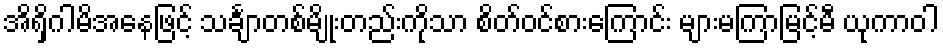
အိရှိဂါမိအနေဖြင့် သင်္ချာတစ်မျိုးတည်းကိုသာ စိတ်ဝင်စားကြောင်း များမကြာမြင့်မီ ယုကာဝါ